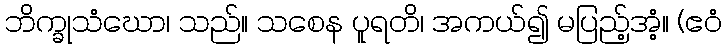
ဘိက္ခုသံဃော၊ သည်။ သစေန ပူရတိ၊ အကယ်၍ မပြည့်အံ့။ (ဧဝံ